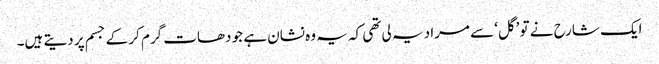
ایک شارح نے تو ’گل‘ سے مراد یہ لی تھی کہ یہ وہ نشان ہے جو دھات گرم کر کے جسم پر دیتے ہیں۔